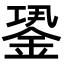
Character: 𨧎